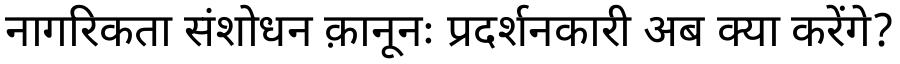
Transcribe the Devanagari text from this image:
नागरिकता संशोधन क़ानूनः प्रदर्शनकारी अब क्या करेंगे?